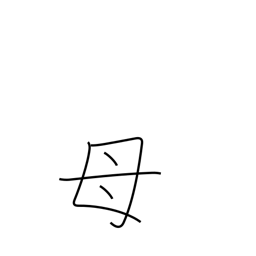
Meaning: mother